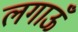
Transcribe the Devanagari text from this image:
लगाऊँ